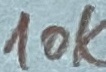
Text: 10K